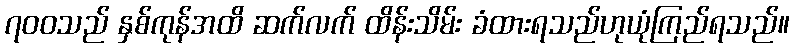
၇၀၀သည် နှစ်ကုန်အထိ ဆက်လက် ထိန်းသိမ်း ခံထားရသည်ဟုယုံကြည်ရသည်။